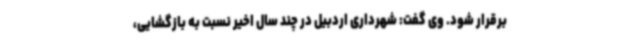
برقرار شود. وی گفت: شهرداری اردبیل در چند سال اخیر نسبت به بازگشایی،